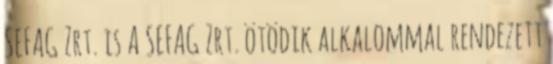
SEFAG Zrt. is A SEFAG Zrt. ötödik alkalommal rendezett